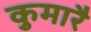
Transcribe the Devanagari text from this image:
कुमारै